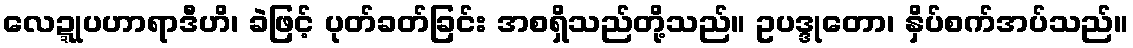
လေဍ္ဍုပဟာရာဒီဟိ၊ ခဲဖြင့် ပုတ်ခတ်ခြင်း အစရှိသည်တို့သည်။ ဥပဒ္ဒုတော၊ နှိပ်စက်အပ်သည်။